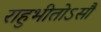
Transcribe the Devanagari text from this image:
राहुभीतोऽसौ